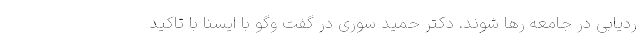
ردیابی در جامعه رها شوند. دکتر حمید سوری در گفت وگو با ایسنا با تاکید